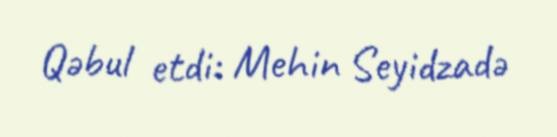
Qəbul etdi: Mehin Seyidzadə